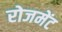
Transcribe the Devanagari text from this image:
रोजमेंट